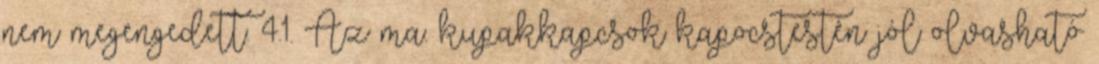
nem megengedett. 4.1. Az ma. kupakkapcsok kapocstestén jól olvasható